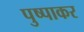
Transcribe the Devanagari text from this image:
पुष्पाकर